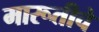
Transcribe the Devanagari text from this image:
मारूतीचे